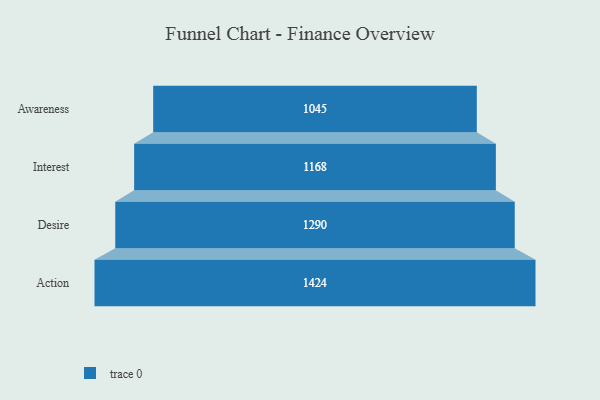
{"axis": {"x": "Stage", "y": "Value"}, "legend": [""], "data": [{"x": "Awareness", "y": 1045.0, "type": ""}, {"x": "Interest", "y": 1168.0, "type": ""}, {"x": "Desire", "y": 1290.0, "type": ""}, {"x": "Action", "y": 1424.0, "type": ""}]}